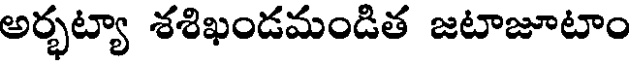
అర్భట్యా శశిఖండమండిత జటాజూటాం